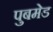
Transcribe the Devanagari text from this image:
पुबमेड